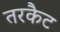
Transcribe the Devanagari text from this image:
तरकैट